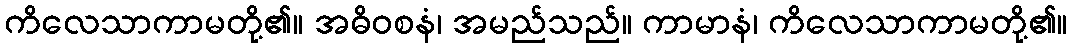
ကိလေသာကာမတို့၏။ အဓိဝစနံ၊ အမည်သည်။ ကာမာနံ၊ ကိလေသာကာမတို့၏။